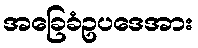
အခြေခံဥပဒေအား